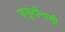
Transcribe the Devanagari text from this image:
फफूंदीनाशी